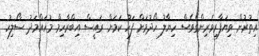
އިތުރުން ވިޔަފާރިވެރިންގެވެސް ހިޔާލު ހޯދުމަށް ފަހު ކަމަށް ރައީސް އިބްރާހިމް މުހައްމަދު ސޯލިހު